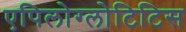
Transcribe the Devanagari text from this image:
एपिलोग्लोटिटिस